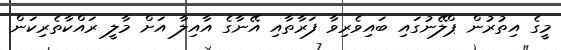
މީގެ އިތުރުން ޕްލޭނުގައި ބައިވެރިވާ ފަރާތާއި އޭނާގެ އާއިލާ އަށް މާލީ ރައްކާތެރިކަން